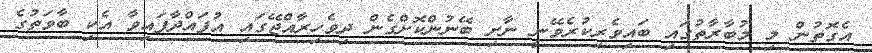
އެގޮތުން މި މުބާރާތުގައި ބައިވެރިކުރެވޭނީ ނާށި ބޭނުންކޮށްގެން ދިވެހިރާއްޖޭގައި އުފައްދާފައިވާ އެކި ބާވަތުގެ